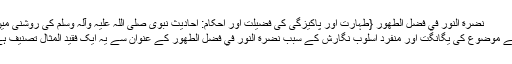
نَضْرَةُ النُّور فِي فَضْلِ الطُّهُوْر {طہارت اور پاکیزگی کی فضیلت اور اَحکام: احادیث نبوی صلی اللہ علیہ وآلہ وسلم کی روشنی میں}
اپنے موضوع کی یگانگت اور منفرد اُسلوبِ نگارش کے سبب نَضْرَةُ النُّور فِي فَضْلِ الطُّهُوْر کے عنوان سے یہ ایک فقید المثال تصنیف ہے۔